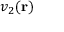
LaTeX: v _ { 2 } ( \mathbf { r } )